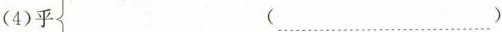
(4)乎 (……)